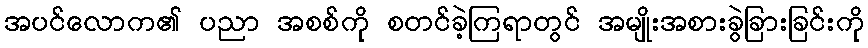
အပင်လောက၏ ပညာ အစစ်ကို စတင်ခဲ့ကြရာတွင် အမျိုးအစားခွဲခြားခြင်းကို